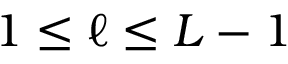
1 \leq \ell \leq L - 1